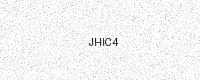
Text: JHIC4